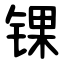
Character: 锞